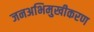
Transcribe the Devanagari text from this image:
जनअभिमुखीकरण